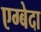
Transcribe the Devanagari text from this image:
एग्बेदा